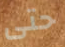
حتى